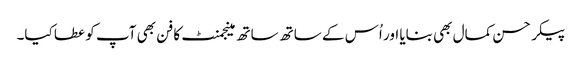
پیکر حسن کمال بھی بنایا اور اُس کے ساتھ ساتھ مینجمنٹ کا فن بھی آپ کو عطا کیا۔